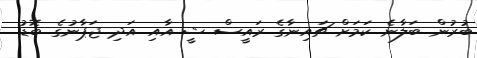
ބުރުން ބަލާނެ ކަމަށް ޗައިނާގެ ރައީސް ޝީ އާއި އަދި ޖަޕާނުގެ ބޮޑު